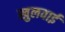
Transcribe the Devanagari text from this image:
खुलवाई